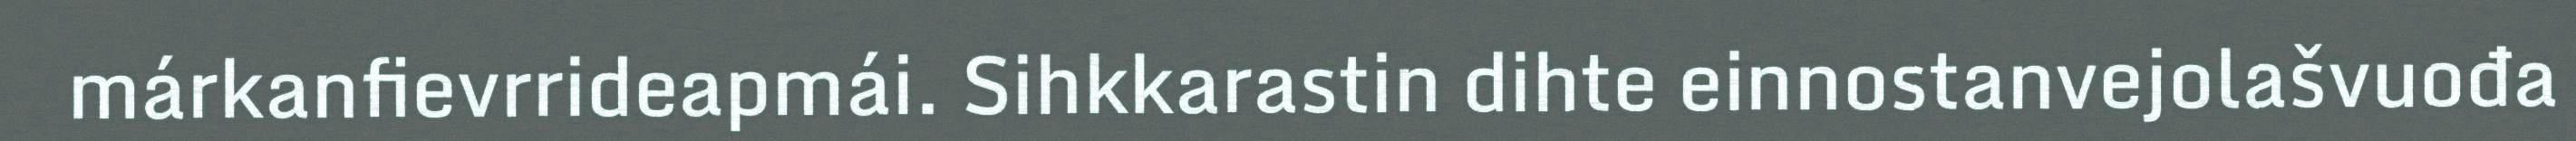
márkanfievrrideapmái. Sihkkarastin dihte einnostanvejolašvuođa